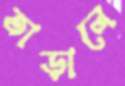
তাড়ালে